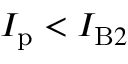
I _ { \mathrm { p } } < I _ { \mathrm { B } 2 }